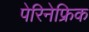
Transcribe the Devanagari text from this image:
पेरिनेफ्रिक